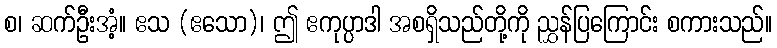
စ၊ ဆက်ဦးအံ့။ ဧသ (ဧသော)၊ ဤ ဧကုပ္ပာဒါ အစရှိသည်တို့ကို ညွှန်ပြကြောင်း စကားသည်။